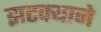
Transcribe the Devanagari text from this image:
झटक्‍याने